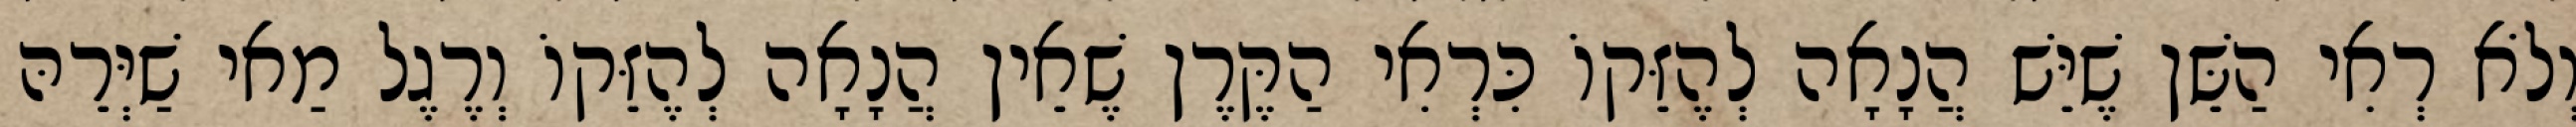
וְלֹא רְאִי הַשֵּׁן שֶׁיֵּשׁ הֲנָאָה לְהֶזֵּקוֹ כִּרְאִי הַקֶּרֶן שֶׁאֵין הֲנָאָה לְהֶזֵּקוֹ וְרֶגֶל מַאי שַׁיְּרֵהּ